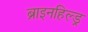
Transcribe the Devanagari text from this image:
ब्राइनहिल्ड्र